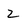
Character: 2